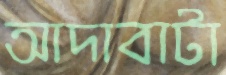
আদাবাটা